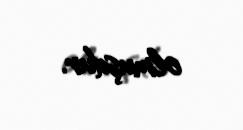
olmuşdur.